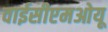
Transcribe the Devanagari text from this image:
वाईसीएमओयू